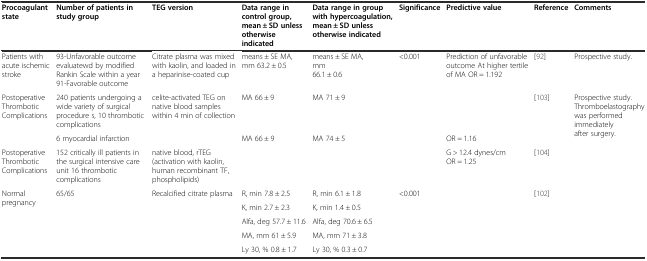
<table><thead><tr><td><b>Procoagulant state</b></td><td><b>Number of patients in study group</b></td><td><b>TEG version</b></td><td><b>Data range in control group,mean ± SD unless otherwise indicated</b></td><td><b>Data range in group with hypercoagulation, mean ± SD unless otherwise indicated</b></td><td><b>Significance</b></td><td><b>Predictive value</b></td><td><b>Reference</b></td><td><b>Comments</b></td></tr></thead><tbody><tr><td>Patients with acute ischemic stroke</td><td>93-Unfavorable outcome evaluatewd by modified Rankin Scale within a year 91-Favorable outcome</td><td>Citrate plasma was mixed with kaolin, and loaded in a heparinise-coated cup</td><td>means ± SE MA, mm 63.2 ± 0.5</td><td>means ± SE MA, mm 66.1 ± 0.6</td><td>&lt;0.001</td><td>Prediction of unfavorable outcome At higher tertile of MA OR = 1.192</td><td>[92]</td><td>Prospective study.</td></tr><tr><td rowspan="2">Postoperative Thrombotic Complications</td><td>240 patients undergoing a wide variety of surgical procedure s, 10 thrombotic complications</td><td>celite-activated TEG on native blood samples within 4 min of collection</td><td>MA 66 ± 9</td><td>MA 71 ± 9</td><td></td><td></td><td rowspan="2">[103]</td><td rowspan="2">Prospective study. Thromboelastography was performed immediately after surgery.</td></tr><tr><td>6 myocardial infarction</td><td></td><td>MA 66 ± 9</td><td>MA 74 ± 5</td><td></td><td>OR = 1.16</td></tr><tr><td>Postoperative Thrombotic Complications</td><td>152 critically ill patients in the surgical intensive care unit 16 thrombotic complications</td><td>native blood, rTEG(activation with kaolin, human recombinant TF, phospholipids)</td><td></td><td></td><td></td><td>G &gt; 12.4 dynes/cm OR = 1.25</td><td>[104]</td><td></td></tr><tr><td rowspan="5">Normal pregnancy</td><td rowspan="5">65/65</td><td rowspan="5">Recalcified citrate plasma</td><td>R, min 7.8 ± 2.5</td><td>R, min 6.1 ± 1.8</td><td rowspan="5">&lt;0.001</td><td rowspan="5"></td><td rowspan="5">[102]</td><td rowspan="5"></td></tr><tr><td>K, min 2.7 ± 2.3</td><td>K, min 1.4 ± 0.5</td></tr><tr><td>Alfa, deg 57.7 ± 11.6</td><td>Alfa, deg 70.6 ± 6.5</td></tr><tr><td>MA, mm 61 ± 5.9</td><td>MA, mm 71 ± 3.8</td></tr><tr><td>Ly 30, % 0.8 ± 1.7</td><td>Ly 30, % 0.3 ± 0.7</td></tr></tbody></table>